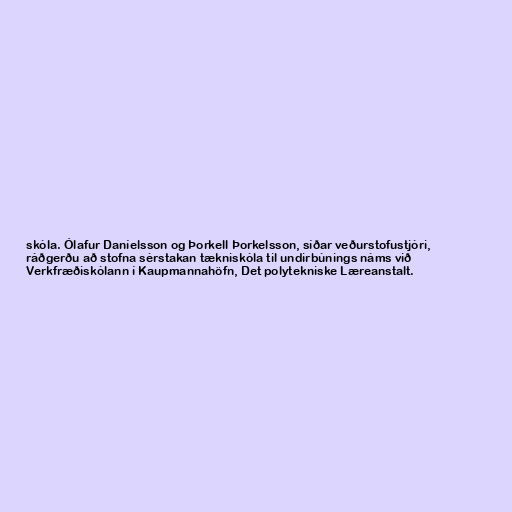
skóla. Ólafur Daníelsson og Þorkell Þorkelsson, síðar veðurstofustjóri,
ráðgerðu að stofna sérstakan tækniskóla til undirbúnings náms við
Verkfræðiskólann í Kaupmannahöfn, Det polytekniske Læreanstalt.